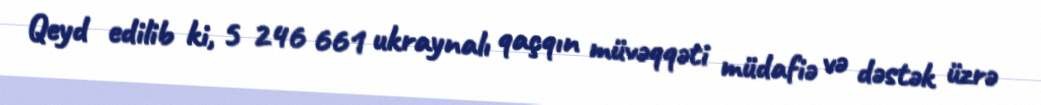
Qeyd edilib ki, 5 246 661 ukraynalı qaçqın müvəqqəti müdafiə və dəstək üzrə